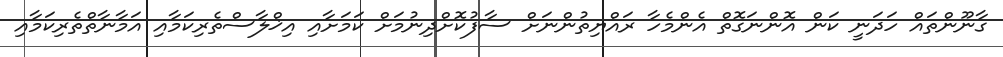
ގާނޫންތައް ހަދަނީ ކަން އޮންނަގޮތް އެންމެހާ ރައްޔިތުންނަށް ސާފުކޮށްދިނުމަށް ކަމަށާއި އިޚްލާސްތެރިކަމާއި އަމާނާތްތެރިކަމާއި